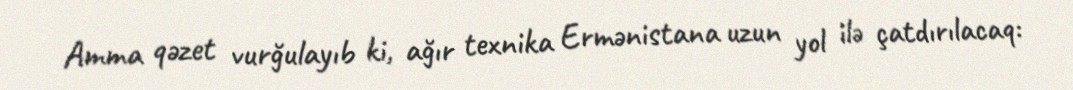
Amma qəzet vurğulayıb ki, ağır texnika Ermənistana uzun yol ilə çatdırılacaq: